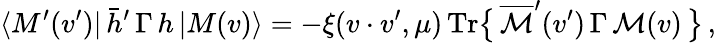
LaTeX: \langle M^{\prime}(v^{\prime})|\, \bar{h}^{\prime}\, \Gamma\, h\, |M(v)\rangle=-\xi(v\cdot v^{\prime},\mu)\, \mathrm{Tr}\big\{ \, \overline{{{\cal{M}}}}^{\prime}(v^{\prime})\, \Gamma\, {\cal{M}}(v)\, \big\} \, ,